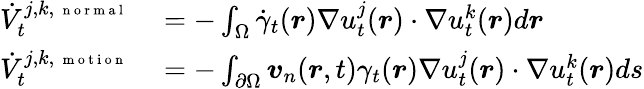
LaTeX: \begin{array}{rl}{\dot{V}_{t}^{j,k,\mathrm{~\scriptsize~n~o~r~m~a~l~}}}&{{}=-\int_{\Omega}\dot{\gamma}_{t}(\boldsymbol r)\nabla u_{t}^{j}(\boldsymbol r)\cdot\nabla u_{t}^{k}(\boldsymbol r)d\boldsymbol r}\\ {\dot{V}_{t}^{j,k,\mathrm{~\scriptsize~m~o~t~i~o~n~}}}&{{}=-\int_{\partial\Omega}\boldsymbol v_{n}(\boldsymbol r,t)\gamma_{t}(\boldsymbol r)\nabla u_{t}^{j}(\boldsymbol r)\cdot\nabla u_{t}^{k}(\boldsymbol r)ds}\end{array}